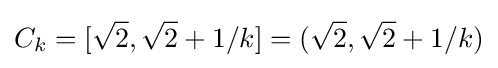
C_{k}=[{\sqrt {2}},{\sqrt {2}}+1/k]=({\sqrt {2}},{\sqrt {2}}+1/k)